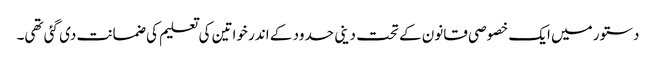
دستور میں ایک خصوصی قانون کے تحت دینی حدود کے اندر خواتین کی تعلیم کی ضمانت دی گئی تھی۔